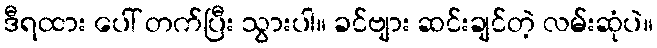
ဒီရထား ပေါ် တက်ပြီး သွားပါ။ ခင်ဗျား ဆင်းချင်တဲ့ လမ်းဆုံပဲ။